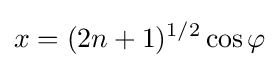
x=(2n+1)^{1/2}\cos \varphi